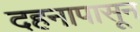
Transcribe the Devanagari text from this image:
दहनापासून